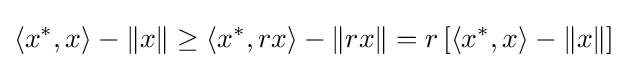
\left\langle x^{*},x\right\rangle -\|x\|\geq \left\langle x^{*},rx\right\rangle -\|rx\|=r\left[\left\langle x^{*},x\right\rangle -\|x\|\right]